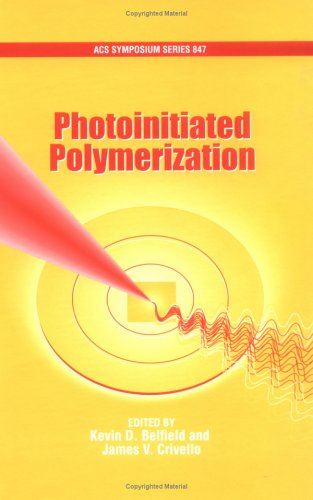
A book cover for Photoinitiated Polymerization (ACS Symposium Series); Science & Math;